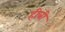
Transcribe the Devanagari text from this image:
हीबी